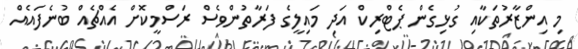
މި އިންޒާރުތަކާއި ގުޅިގެން ޕެޓްރިކް އަދި މައިލީގެ ފަރާތުންވެސް ރަސްމީކޮށް އެއްޗެއް ބުނެފައެއް